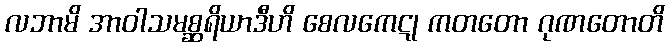
လဘာမိ အာဝါသမစ္ဆရိယာဒီဟိ စေလကေဋု ကတတော ဂုဏတောတိ